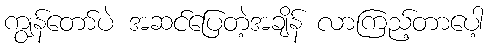
ကျွန်တော်ပဲ အဆင်ပြေတဲ့အချိန် လာကြည့်တာပေါ့